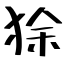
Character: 狳